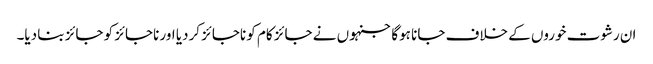
ان رشوت خوروں کے خلاف جانا ہوگا جنہوں نے جائز کام کو ناجائز کردیا اور ناجائز کو جائز بنا دیا۔